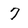
Character: 7